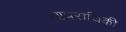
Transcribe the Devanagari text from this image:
आपराधिकी